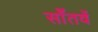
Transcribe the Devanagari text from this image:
साँतवें